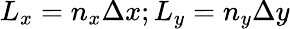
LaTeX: L_{x}=n_{x}\Delta x;L_{y}=n_{y}\Delta y